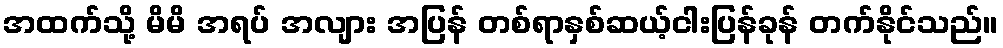
အထက်သို့ မိမိ အရပ် အလျား အပြန် တစ်ရာနှစ်ဆယ့်ငါးပြန်ခုန် တက်နိုင်သည်။